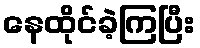
နေထိုင်ခဲ့ကြပြီး